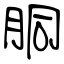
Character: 胴